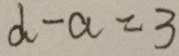
d - a = 3